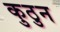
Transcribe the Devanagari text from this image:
कुठुन